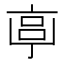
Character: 𠅠